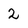
Character: 2